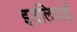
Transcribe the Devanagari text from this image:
इतलियाई